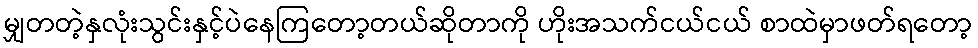
မျှတတဲ့နှလုံးသွင်းနှင့်ပဲနေကြတော့တယ်ဆိုတာကို ဟိုးအသက်ငယ်ငယ် စာထဲမှာဖတ်ရတော့